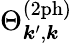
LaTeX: \Theta_{\boldsymbol{k}^{\prime},\boldsymbol{k}}^{(\mathrm{2ph})}